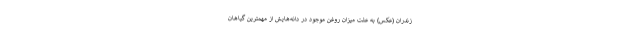
زندران (عکس) به علت میزان روغن موجود در دانه‌هایش از مهمترین گیاهان